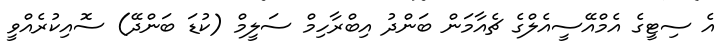
އެ ސިޓީގެ އެމްއޭސީއެލްގެ ޗެއާމަން ބަންދު އިބްރާހިމް ސަލީމް (ކުޑަ ބަންދޭ) ސޮއިކުރެއްވީ